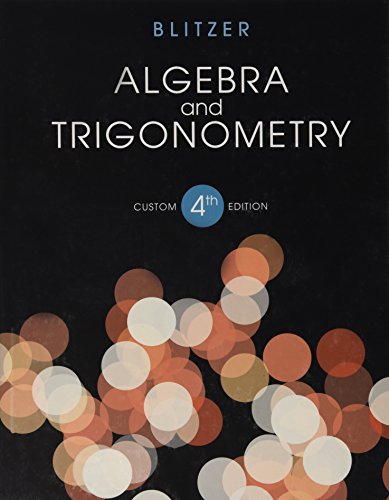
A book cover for Algebra and Trigonometry 4th Ed; Science & Math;